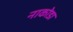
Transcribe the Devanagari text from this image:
नाकोडा